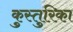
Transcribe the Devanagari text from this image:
कुस्तुरिका